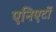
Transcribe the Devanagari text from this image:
एनिएर्टो